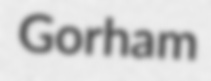
Gorham